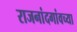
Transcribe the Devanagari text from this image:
राजनांदगांवच्या